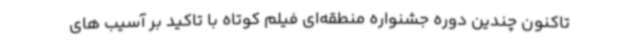
تاکنون چندین دوره جشنواره منطقه‌ای فیلم کوتاه با تاکید بر آسیب های